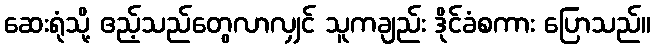
ဆေးရုံသို့ ဧည့်သည်တွေလာလျှင် သူကချည်း ဒိုင်ခံစကား ပြောသည်။